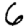
Digit: 6